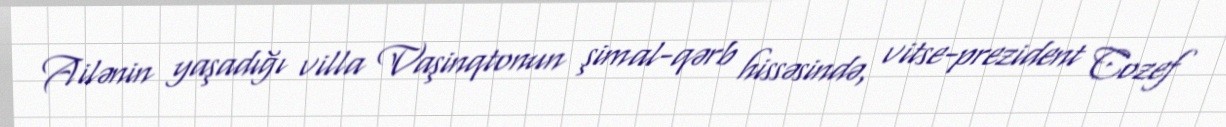
Ailənin yaşadığı villa Vaşinqtonun şimal-qərb hissəsində, vitse-prezident Cozef